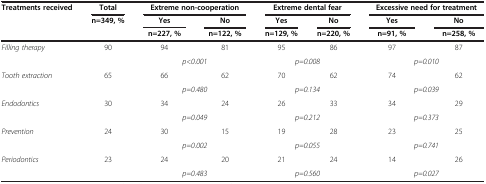
<table><thead><tr><td><b>Treatments received</b></td><td><b>Total</b></td><td colspan="2"><b>Extreme non-cooperation</b></td><td colspan="2"><b>Extreme dental fear</b></td><td colspan="2"><b>Excessive need for treatment</b></td></tr><tr><td><b> </b></td><td><b>n=349, %</b></td><td><b>Yes</b></td><td><b>No</b></td><td><b>Yes</b></td><td><b>No</b></td><td><b>Yes</b></td><td><b>No</b></td></tr><tr><td><b> </b></td><td><b> </b></td><td><b>n=227, %</b></td><td><b>n=122, %</b></td><td><b>n=129, %</b></td><td><b>n=220, %</b></td><td><b>n=91, %</b></td><td><b>n=258, %</b></td></tr></thead><tbody><tr><td><i>Filling therapy</i></td><td>90</td><td>94</td><td>81</td><td>95</td><td>86</td><td>97</td><td>87</td></tr><tr><td> </td><td> </td><td colspan="2"><i>p&lt;0.001</i></td><td colspan="2"><i>p=0.008</i></td><td colspan="2"><i>p=0.010</i></td></tr><tr><td><i>Tooth extraction</i></td><td>65</td><td>66</td><td>62</td><td>70</td><td>62</td><td>74</td><td>62</td></tr><tr><td> </td><td> </td><td colspan="2"><i>p=0.480</i></td><td colspan="2"><i>p=0.134</i></td><td colspan="2"><i>p=0.039</i></td></tr><tr><td><i>Endodontics</i></td><td>30</td><td>34</td><td>24</td><td>26</td><td>33</td><td>34</td><td>29</td></tr><tr><td> </td><td> </td><td colspan="2"><i>p=0.049</i></td><td colspan="2"><i>p=0.212</i></td><td colspan="2"><i>p=0.373</i></td></tr><tr><td><i>Prevention</i></td><td>24</td><td>30</td><td>15</td><td>19</td><td>28</td><td>23</td><td>25</td></tr><tr><td> </td><td> </td><td colspan="2"><i>p=0.002</i></td><td colspan="2"><i>p=0.055</i></td><td colspan="2"><i>p=0.741</i></td></tr><tr><td><i>Periodontics</i></td><td>23</td><td>24</td><td>20</td><td>21</td><td>24</td><td>14</td><td>26</td></tr><tr><td> </td><td> </td><td colspan="2"><i>p=0.483</i></td><td colspan="2"><i>p=0.560</i></td><td colspan="2"><i>p=0.027</i></td></tr></tbody></table>